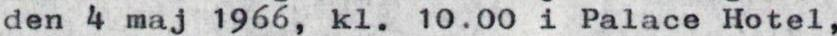
den 4 maj 1966, kl. 10.00 i Palace Hotel,